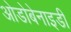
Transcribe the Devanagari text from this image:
ओडोबेनाइडी